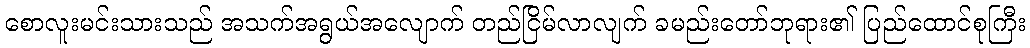
စောလူးမင်းသားသည် အသက်အရွယ်အလျောက် တည်ငြိမ်လာလျက် ခမည်းတော်ဘုရား၏ ပြည်ထောင်စုကြီး